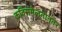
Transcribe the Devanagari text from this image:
कविसंमेलनानंतर